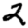
Digit: 2